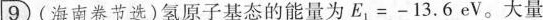
9(海南卷节选)氢原子基态的能量为 $$E_{1}=-13.6eV$$。大量